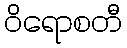
ဝိရောစတီ